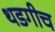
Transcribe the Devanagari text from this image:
थडगीच